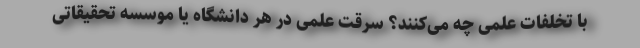
با تخلفات علمی چه می‌کنند؟ سرقت علمی در هر دانشگاه یا موسسه تحقیقاتی